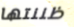
ظننتها